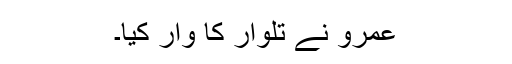
عمرو نے تلوار کا وار کیا۔